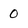
Character: 0